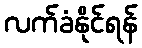
လက်ခံနိုင်ရန်